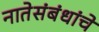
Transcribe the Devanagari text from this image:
नातेसंबंधांचे